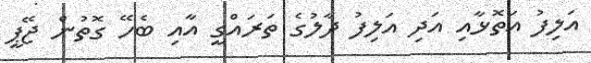
އަލިފު އަތޮޅާއި އަދި އަލިފު ދާލުގެ ތަރައްގީ އާއި ބެހޭ ގޮތުން ޖޭޕީ